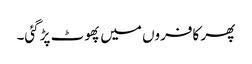
پھر کافروں میں پھوٹ پڑگئی۔